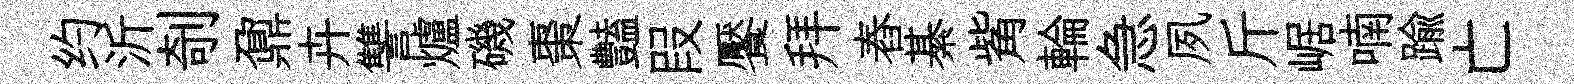
约沂剞鼐卉讐爐磯棗豔叚饜拜舂綦觜輪急夙斤崌喃踰亡